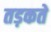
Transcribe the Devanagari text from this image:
तड़कते